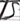
Text: S